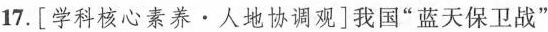
17.[学科核心素养\cdot人地协调观]我国”蓝天保卫战”